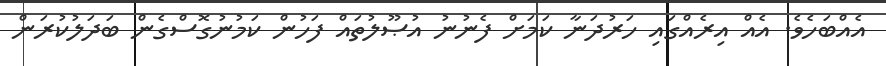
އެއްބަހެވެ. އެއް އިރެއްގައި ހަރުދަނާ ކަމަށް ފެނުނު އުޞޫލުތައް ފަހުން ކަމުނުގޮސްގެން ބަދަލުކުރަން